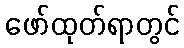
ဖော်ထုတ်ရာတွင်